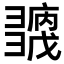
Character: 𢑶